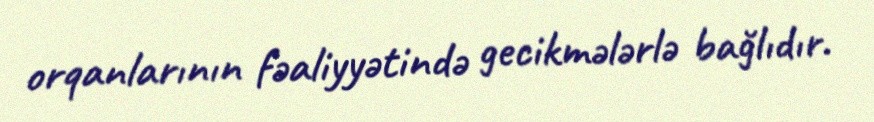
orqanlarının fəaliyyətində gecikmələrlə bağlıdır.